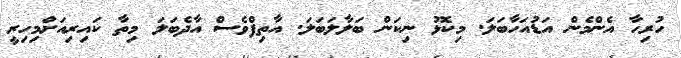
ހުރިހާ އެންމެން އަޑުއަހާބަލަ. މިކޮޅު ނިކަން ބަލާލަބަލަ. އާތިފްވެސް އާދެބަލަ މިތާ ކައިރިއަށްމިހިރީ